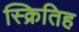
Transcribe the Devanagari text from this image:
स्क्रितिह